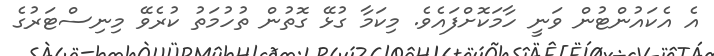
އެ އެކައުންޓުން ވަނީ ހާމަކޮށްފައެވެ. މިކަމާ ގުޅޭ ގޮތުން ތުހުމަތު ކުރެވޭ މިނިސްޓަރުގެ